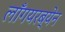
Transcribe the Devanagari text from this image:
लाँगयरब्येन